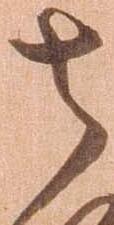
其